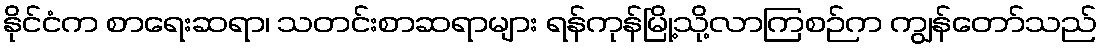
နိုင်ငံက စာရေးဆရာ၊ သတင်းစာဆရာများ ရန်ကုန်မြို့သို့လာကြစဉ်က ကျွန်တော်သည်